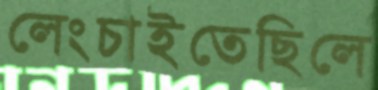
লেংচাইতেছিলে